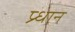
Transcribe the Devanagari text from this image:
प्र्धान